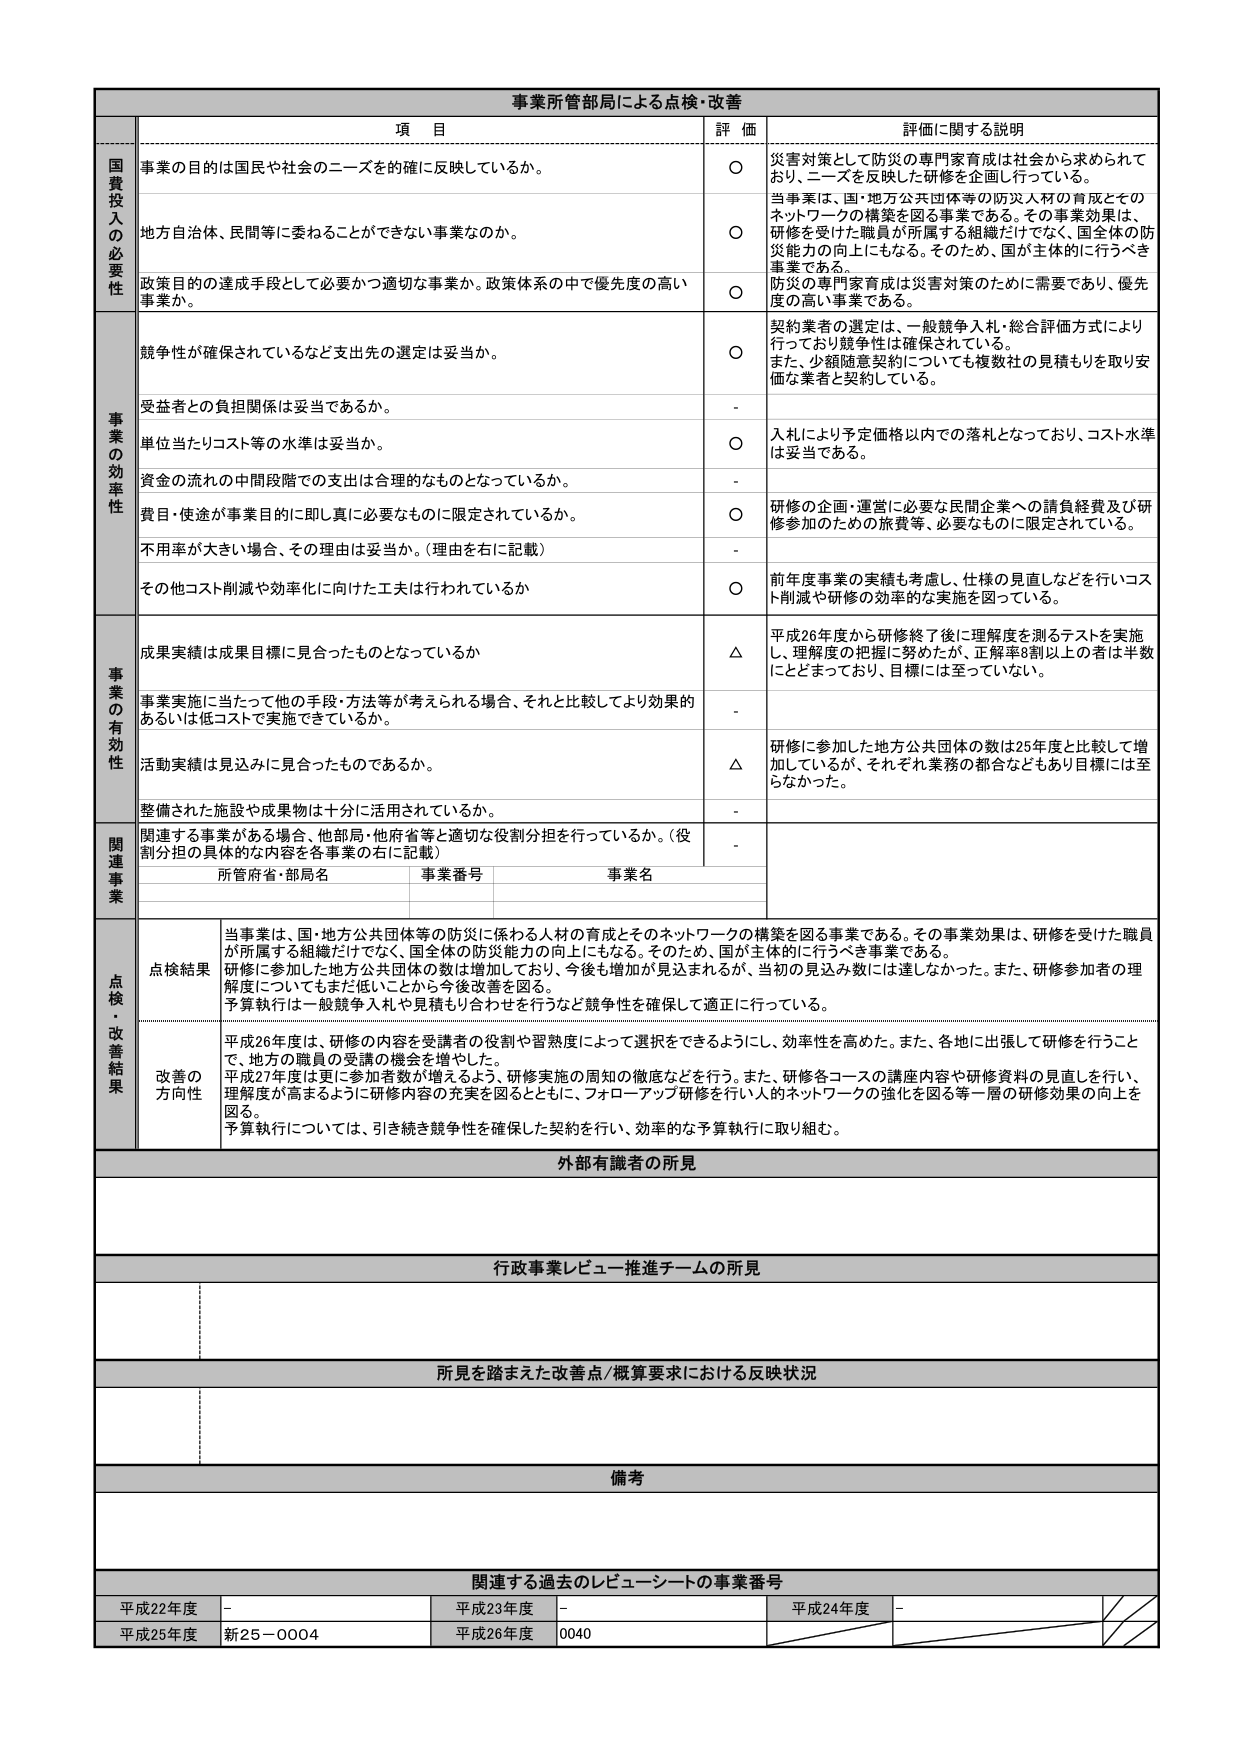
事業所管部局による点検・改善

項 目 評 価 評価に関する説明

国費投入の必要性
事業の目的は国民や社会のニーズを的確に反映しているか。
○ 災害対策として防災の専門家育成は社会から求められており、ニーズを反映した研修を企画し行っている。
地方自治体、民間等に委ねることができない事業なのか。
○ 当事業は、国・地方公共団体等の防災人材の育成とそのネットワークの構築を図る事業である。その事業効果は、研修を受けた職員が所属する組織だけでなく、国全体の防災能力の向上にもなる。そのため、国が主体的に行うべき事業である。
政策目的の達成手段として必要かつ適切な事業か、政策体系の中で優先度の高い事業か。
○ 防災の専門家育成は災害対策のために需要であり、優先度の高い事業である。

事業の効率性
競争性が確保されているなど支出先の選定は妥当か。
○ 契約業者の選定は、一般競争入札・総合評価方式により行っており競争性は確保されている。また、少額随意契約についても複数社の見積もりを取り安価な業者と契約している。
受益者との負担関係は妥当であるか。
-
単位当たりコスト等の水準は妥当か。
○ 入札により予定価格以内での落札となっており、コスト水準は妥当である。
資金の流れの中間段階での支出は合理的なものとなっているか。
-
費用・使途が事業目的に即し真に必要なものに限定されているか。
○ 研修の企画・運営に必要な民間企業への請負経費及び研修参加のための旅費等、必要なものに限定されている。
不用率が大きい場合、その理由は妥当か。（理由を右に記載）
-
その他コスト削減や効率化に向けた工夫は行われているか
○ 前年度事業の実績も考慮し、仕様の見直しなどを行いコスト削減や研修の効率的な実施を図っている。

事業の有効性
成果実績は成果目標に見合ったものとなっているか
△ 平成26年度から研修終了後に理解度を測るテストを実施し、理解度の把握に努めたが、正解率8割以上の方は半数にとどまっており、目標には至っていない。
事業実施に当たって他の手段・方法等が考えられる場合、それと比較してより効果的あるいは低コストで実施できているか。
-
活動実績は見込みに見合ったものであるか。
△ 研修に参加した地方公共団体の数は25年度と比較して増加しているが、それぞれ業務の都合などもあり目標には至らなかった。
整備された施設や成果物は十分に活用されているか。
-

関連事業
関連する事業がある場合、他部局・他府省等と適切な役割分担を行っているか。（役割分担の具体的な内容は各事業の右に記載）
-
所管府省・部局名 事業番号 事業名

点検・改善結果
点検結果 当事業は、国・地方公共団体等の防災に係わる人材の育成とそのネットワークの構築を図る事業である。その事業効果は、研修を受けた職員が所属する組織だけでなく、国全体の防災能力の向上にもなる。そのため、国が主体的に行うべき事業である。研修に参加した地方公共団体の数は増加しており、今後も増加が見込まれるが、当初の見込み数には達しなかった。また、研修参加者の理解度についてもまだ低いことから今後改善を図る。予算執行は一般競争入札や見積もり合わせを行うなど競争性を確保して適正に行っている。
改善の方向性 平成26年度は、研修の内容を受講者の役割や習熟度によって選択できるようにし、効率性を高めた。また、各地に出張して研修を行うことで、地方の職員の受講の機会を増やした。平成27年度は更に参加者数が増えるよう、研修実施の周知の徹底などを行う。また、研修各コースの講座内容や研修資料の見直しを行い、理解度が高まるように研修内容の充実を図るとともに、フォローアップ研修を行い人材のネットワークの強化を図る等一層の研修効果の向上を図る。予算執行については、引き続き競争性を確保した契約を行い、効率的な予算執行に取り組む。

外部有識者の所見

行政事業レビュー推進チームの所見

所見を踏まえた改善点／概算要求における反映状況

備考

関連する過去のレビューシートの事業番号
平成22年度 - 平成23年度 - 平成24年度 -
平成25年度 新25－0004 平成26年度 0040